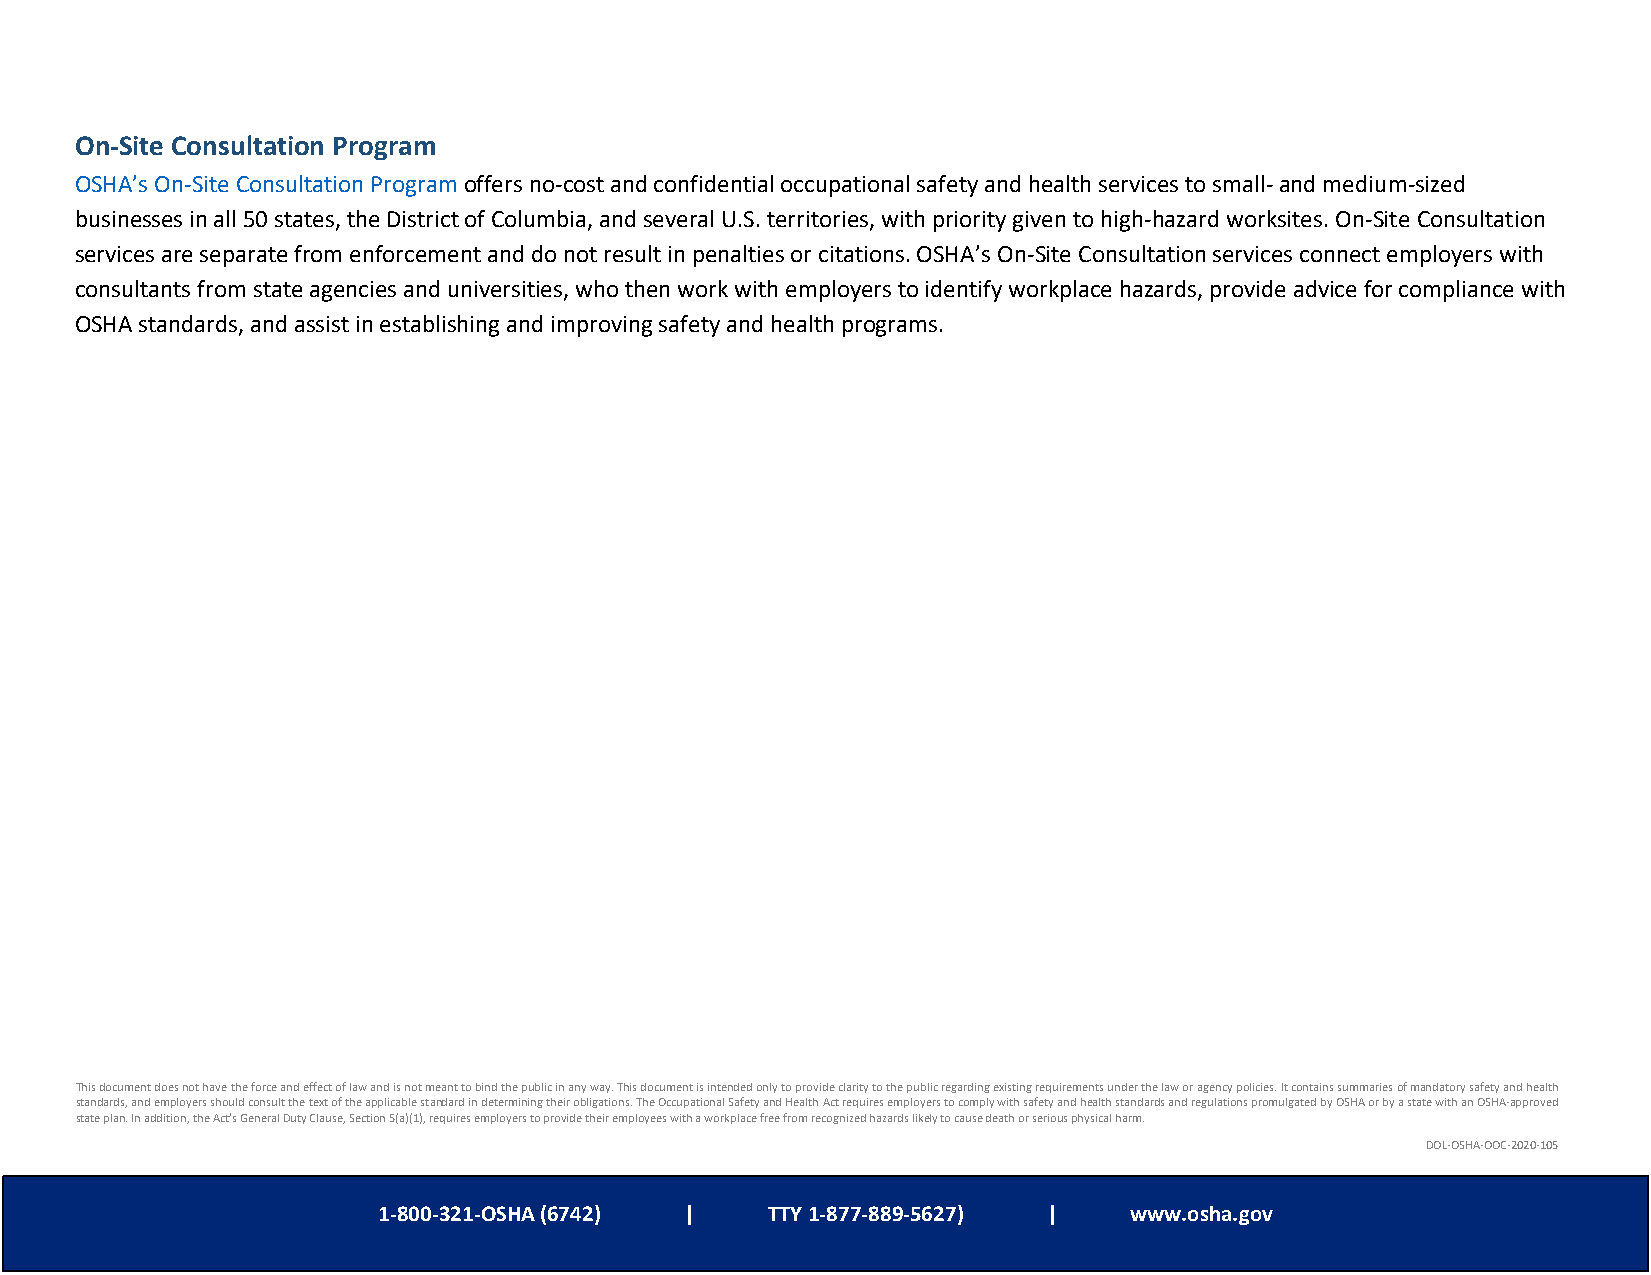
On-Site Consultation Program
 OSHA’s On-Site Consultation Program offers no-cost and confidential occupational safety and health services to small- and medium-sized
 businesses in all 50 states, the District of Columbia, and several U.S. territories, with priority given to high-hazard worksites. On-Site Consultation
 services are separate from enforcement and do not result in penalties or citations. OSHA’s On-Site Consultation services connect employers with
 consultants from state agencies and universities, who then work with employers to identify workplace hazards, provide advice for compliance with
 OSHA standards, and assist in establishing and improving safety and health programs.
 This document does not have the force and effect of law and is not meant to bind the public in any way. This document is intended only to provide clarity to the public regarding existing requirements under the law or agency policies. It contains summaries of mandatory safety and health
 standards, and employers should consult the text of the applicable standard in determining their obligations. The Occupational Safety and Health Act requires employers to comply with safety and health standards and regulations promulgated by OSHA or by a state with an OSHA-approved
 state plan. In addition, the Act’s General Duty Clause, Section 5(a)(1), requires employers to provide their employees with a workplace free from recognized hazards likely to cause death or serious physical harm.
 DOL-OSHA-OOC-2020-105
 1-800-321-OSHA (6742) |   TPTaYg 1e -68 7o7f -68 89-5627) | www.osha.gov